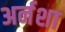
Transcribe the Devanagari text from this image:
अर्नशा